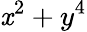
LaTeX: \mathit{x}^{2}+y^{4}